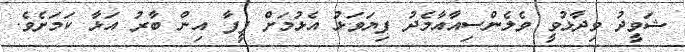
ޝަވީދު ވިދާޅުވީ ވެލެންސިއާއާމެދު ފިޔަވަޅު އެޅުމަށް ފީފާ އިން ބާރު އަޅާ ކަމަށެވެ.